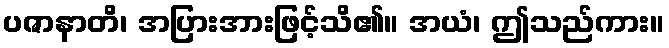
ပဇာနာတိ၊ အပြားအားဖြင့်သိ၏။ အယံ၊ ဤသည်ကား။